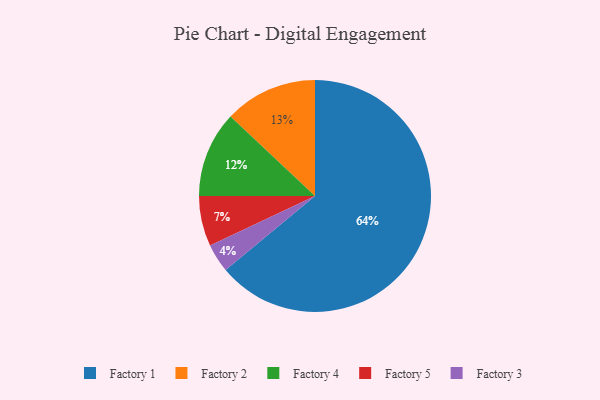
{"axis": {"x": "Category", "y": "Percentage"}, "legend": ["Factory 1", "Factory 2", "Factory 3", "Factory 4", "Factory 5"], "data": [{"x": "Factory 5", "y": 7, "type": "Factory 5"}, {"x": "Factory 2", "y": 13, "type": "Factory 2"}, {"x": "Factory 1", "y": 64, "type": "Factory 1"}, {"x": "Factory 4", "y": 12, "type": "Factory 4"}, {"x": "Factory 3", "y": 4, "type": "Factory 3"}]}